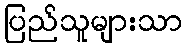
ပြည်သူများသာ